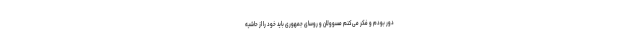
دور بودم و فکر می‌کنم مسوولان و روسای جمهوری باید خود را از حاشیه